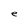
Character: e